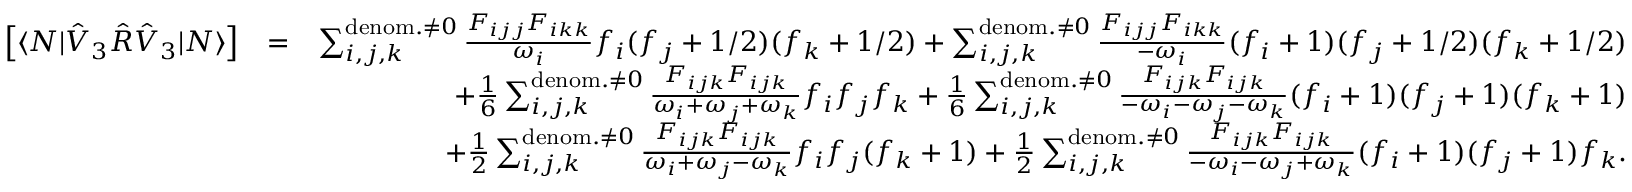
\begin{array} { r l r } { \left[ \langle N | \hat { V } _ { 3 } \hat { R } \hat { V } _ { 3 } | N \rangle \right] } & { = } & { \sum _ { i , j , k } ^ { { \mathrm { d e n o m . } \neq 0 } } \frac { { F } _ { i j j } { F } _ { i k k } } { \omega _ { i } } f _ { i } ( f _ { j } + 1 / 2 ) ( f _ { k } + 1 / 2 ) + \sum _ { i , j , k } ^ { { \mathrm { d e n o m . } \neq 0 } } \frac { { F } _ { i j j } { F } _ { i k k } } { - \omega _ { i } } ( f _ { i } + 1 ) ( f _ { j } + 1 / 2 ) ( f _ { k } + 1 / 2 ) } \\ & { } & { + \frac { 1 } { 6 } \sum _ { i , j , k } ^ { \mathrm { d e n o m . } \neq 0 } \frac { { F } _ { i j k } { F } _ { i j k } } { \omega _ { i } + \omega _ { j } + \omega _ { k } } f _ { i } f _ { j } f _ { k } + \frac { 1 } { 6 } \sum _ { i , j , k } ^ { \mathrm { d e n o m . } \neq 0 } \frac { { F } _ { i j k } { F } _ { i j k } } { - \omega _ { i } - \omega _ { j } - \omega _ { k } } ( f _ { i } + 1 ) ( f _ { j } + 1 ) ( f _ { k } + 1 ) } \\ & { } & { + \frac { 1 } { 2 } \sum _ { i , j , k } ^ { \mathrm { d e n o m . } \neq 0 } \frac { { F } _ { i j k } { F } _ { i j k } } { \omega _ { i } + \omega _ { j } - \omega _ { k } } f _ { i } f _ { j } ( f _ { k } + 1 ) + \frac { 1 } { 2 } \sum _ { i , j , k } ^ { \mathrm { d e n o m . } \neq 0 } \frac { { F } _ { i j k } { F } _ { i j k } } { - \omega _ { i } - \omega _ { j } + \omega _ { k } } ( f _ { i } + 1 ) ( f _ { j } + 1 ) f _ { k } . } \end{array}